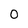
Character: o